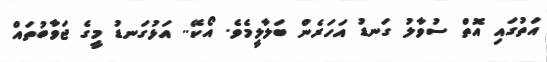
އަތުގައި އޮތް ސުވާލު ގަނޑު އަހަރެން ބަލާލީމެވެ. އޯކޭ.. އަޅުގަނޑު މީގެ ޖަވާބުތައް